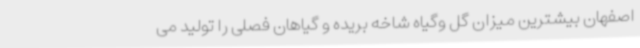
اصفهان بیشترین میزان گل وگیاه شاخه بریده و گیاهان فصلی را تولید می